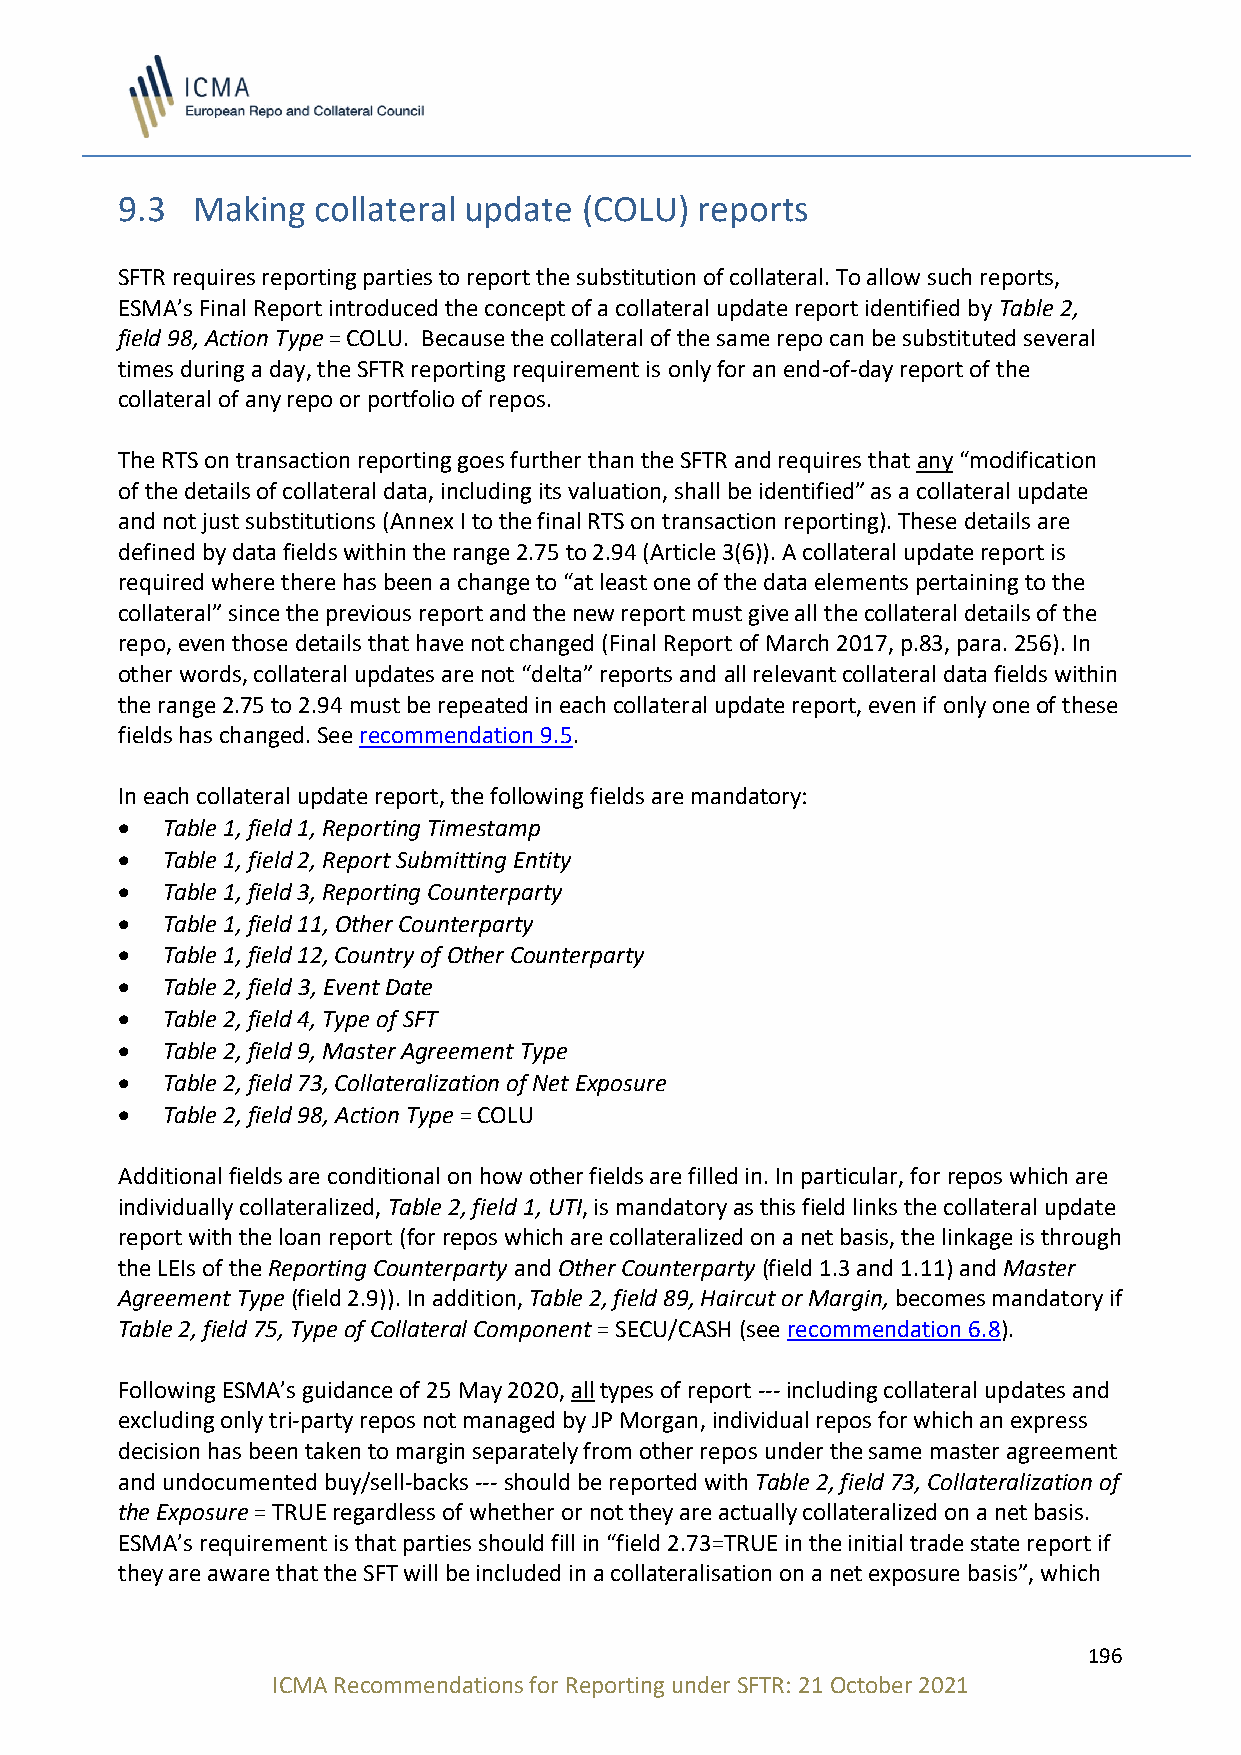
9.3  Making  collateral update (COLU) reports
 SFTR requires reporting parties to report the substitution of collateral. To allow such reports,
 ESMA’s Final Report introduced the concept of a collateral update report identified by Table 2,
 field 98, Action Type = COLU. Because the collateral of the same repo can be substituted several
 times during a day, the SFTR reporting requirement is only for an end-of-day report of the
 collateral of any repo or portfolio of repos.
 The RTS on transaction reporting goes further than the SFTR and requires that any “modification
 of the details of collateral data, including its valuation, shall be identified” as a collateral update
 and not just substitutions (Annex I to the final RTS on transaction reporting). These details are
 defined by data fields within the range 2.75 to 2.94 (Article 3(6)). A collateral update report is
 required where there has been a change to “at least one of the data elements pertaining to the
 collateral” since the previous report and the new report must give all the collateral details of the
 repo, even those details that have not changed (Final Report of March 2017, p.83, para. 256). In
 other words, collateral updates are not “delta” reports and all relevant collateral data fields within
 the range 2.75 to 2.94 must be repeated in each collateral update report, even if only one of these
 fields has changed. See recommendation 9.5.
 In each collateral update report, the following fields are mandatory:
 •  Table 1, field 1, Reporting Timestamp
 •  Table 1, field 2, Report Submitting Entity
 •  Table 1, field 3, Reporting Counterparty
 •  Table 1, field 11, Other Counterparty
 •  Table 1, field 12, Country of Other Counterparty
 •  Table 2, field 3, Event Date
 •  Table 2, field 4, Type of SFT
 •  Table 2, field 9, Master Agreement Type
 •  Table 2, field 73, Collateralization of Net Exposure
 •  Table 2, field 98, Action Type = COLU
 Additional fields are conditional on how other fields are filled in. In particular, for repos which are
 individually collateralized, Table 2, field 1, UTI, is mandatory as this field links the collateral update
 report with the loan report (for repos which are collateralized on a net basis, the linkage is through
 the LEIs of the Reporting Counterparty and Other Counterparty (field 1.3 and 1.11) and Master
 Agreement Type (field 2.9)). In addition, Table 2, field 89, Haircut or Margin, becomes mandatory if
 Table 2, field 75, Type of Collateral Component = SECU/CASH (see recommendation 6.8).
 Following ESMA’s guidance of 25 May 2020, all types of report --- including collateral updates and
 excluding only tri-party repos not managed by JP Morgan, individual repos for which an express
 decision has been taken to margin separately from other repos under the same master agreement
 and undocumented buy/sell-backs --- should be reported with Table 2, field 73, Collateralization of
 the Exposure = TRUE regardless of whether or not they are actually collateralized on a net basis.
 ESMA’s requirement is that parties should fill in “field 2.73=TRUE in the initial trade state report if
 they are aware that the SFT will be included in a collateralisation on a net exposure basis”, which
 196
 ICMA Recommendations for Reporting under SFTR: 21 October 2021